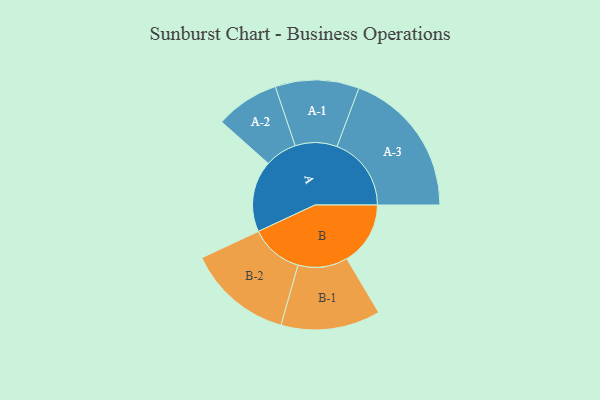
{"axis": {"x": "Segment", "y": "Value"}, "legend": ["", "A", "B"], "data": [{"x": "A", "y": 264, "type": ""}, {"x": "B", "y": 235, "type": ""}, {"x": "A-1", "y": 155, "type": "A"}, {"x": "A-2", "y": 118, "type": "A"}, {"x": "A-3", "y": 275, "type": "A"}, {"x": "B-1", "y": 184, "type": "B"}, {"x": "B-2", "y": 195, "type": "B"}]}